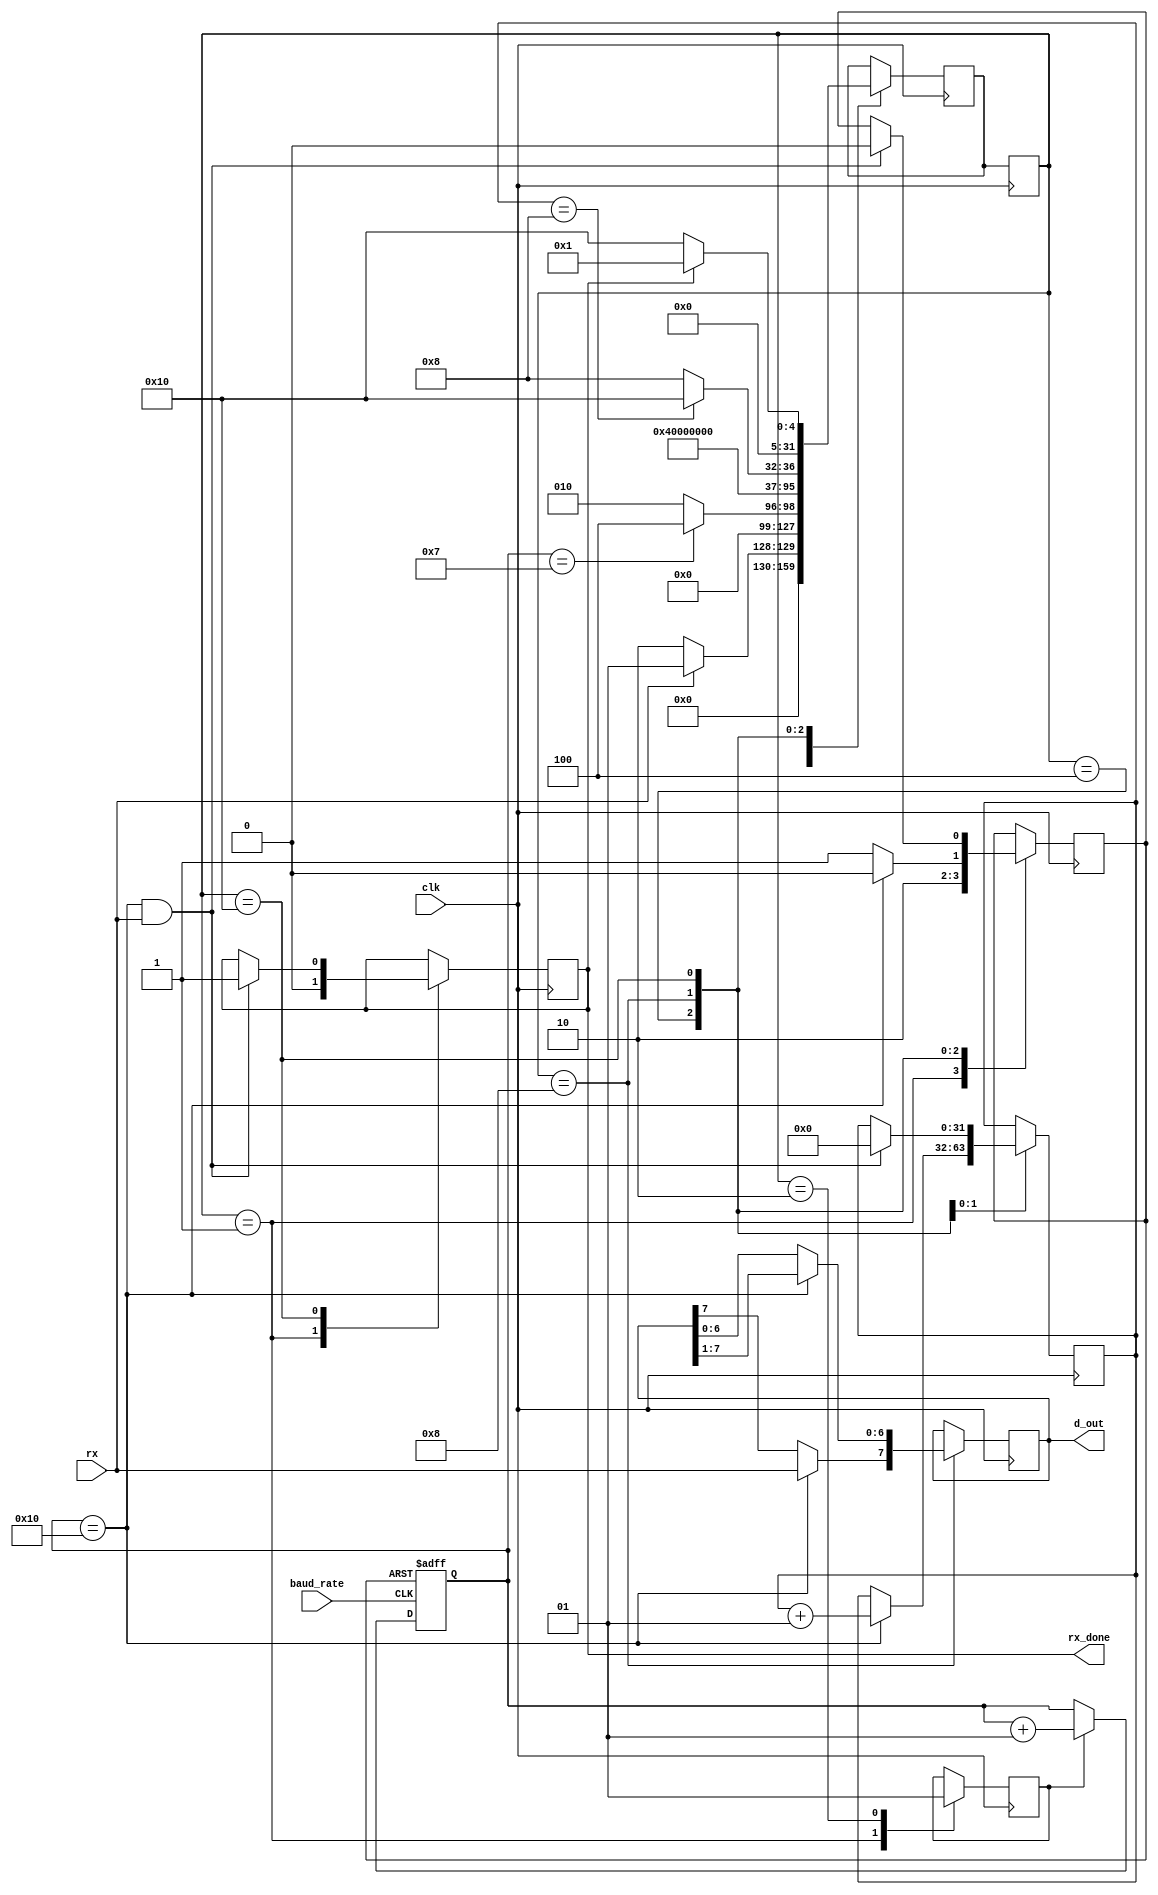
module RX
	#( parameter stateA = 'b00001,
		parameter stateB = 'b00010,
		parameter stateC = 'b00100,
		parameter stateD = 'b01000,
		parameter stateE = 'b10000)
	(input clk,
	input baud_rate,
	input rx,
	output reg [7:0] d_out,
	output reg rx_done);
	integer state = stateA;
	integer next_state = stateA;
	reg tick_enable = 0;
	integer count = 0;
	reg rst_count = 1;
	integer bits_count = 0;
	always@(posedge clk)
	begin
		state = next_state;
	end
	always@(posedge clk)
	begin
		case(state)
			stateA:
				if(rx == 1) next_state = stateA;
				else next_state = stateB;
			stateB:
				if(count == 7) next_state = stateC;
				else next_state = stateB;
			stateC:
				next_state = stateD;
			stateD:
				if(bits_count == 8) next_state = stateE;
				else next_state = stateD;
			stateE:
				if(rx_done == 1) next_state = stateA;
				else next_state = stateE;
		endcase
	end
	always@(posedge clk)
	begin
		case(state)
			stateA:
			begin
				rst_count = 1;
				tick_enable = 0;
				rx_done = 0;
			end
			stateB:
			begin
				tick_enable = 1;
			end
			stateC:
			begin
				rst_count = 0;
			end
			stateD:
			begin
				rst_count = 1;
				if(count == 16)
				begin
					d_out = d_out>>1;
					d_out[7] = rx;
					bits_count = bits_count + 1;
					rst_count = 0;
				end
			end
			stateE:
			begin
				if(count == 16 && rx == 1)
				begin
					rx_done = 1;
					bits_count = 0;
					rst_count = 0;
				end
			end
		endcase
	end
	always@(posedge baud_rate or negedge rst_count)
	begin
		if(rst_count == 0) count = 0;
		else
		begin
			if(tick_enable == 1) count = count+1;
		end
	end
endmodule